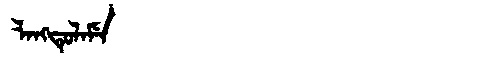
Manchu: ᠯᠠᠩᡨᡠᠯᠠᠮᡝ
Romanization: LANGTULAME